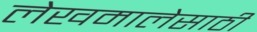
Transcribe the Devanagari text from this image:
लेखमालेसाठी